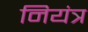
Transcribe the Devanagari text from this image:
नियंत्र